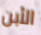
الأبن